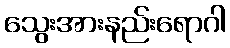
သွေးအားနည်းရောဂါ